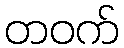
တဝက်